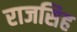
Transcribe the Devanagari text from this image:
राजसिह